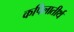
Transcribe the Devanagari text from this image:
कपिलातीर्थ